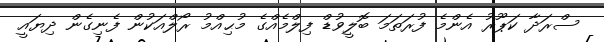
ސްރަދާ ކަޕޫރު އެންމެ ފުރަތަމަ ބޮލީވުޑް ފިލްމެއްގެ މުޙިއްމު ރޯލްއަކުން ފެނިގެން ދިޔައީ